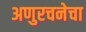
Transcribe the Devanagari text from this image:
अणुरचनेचा